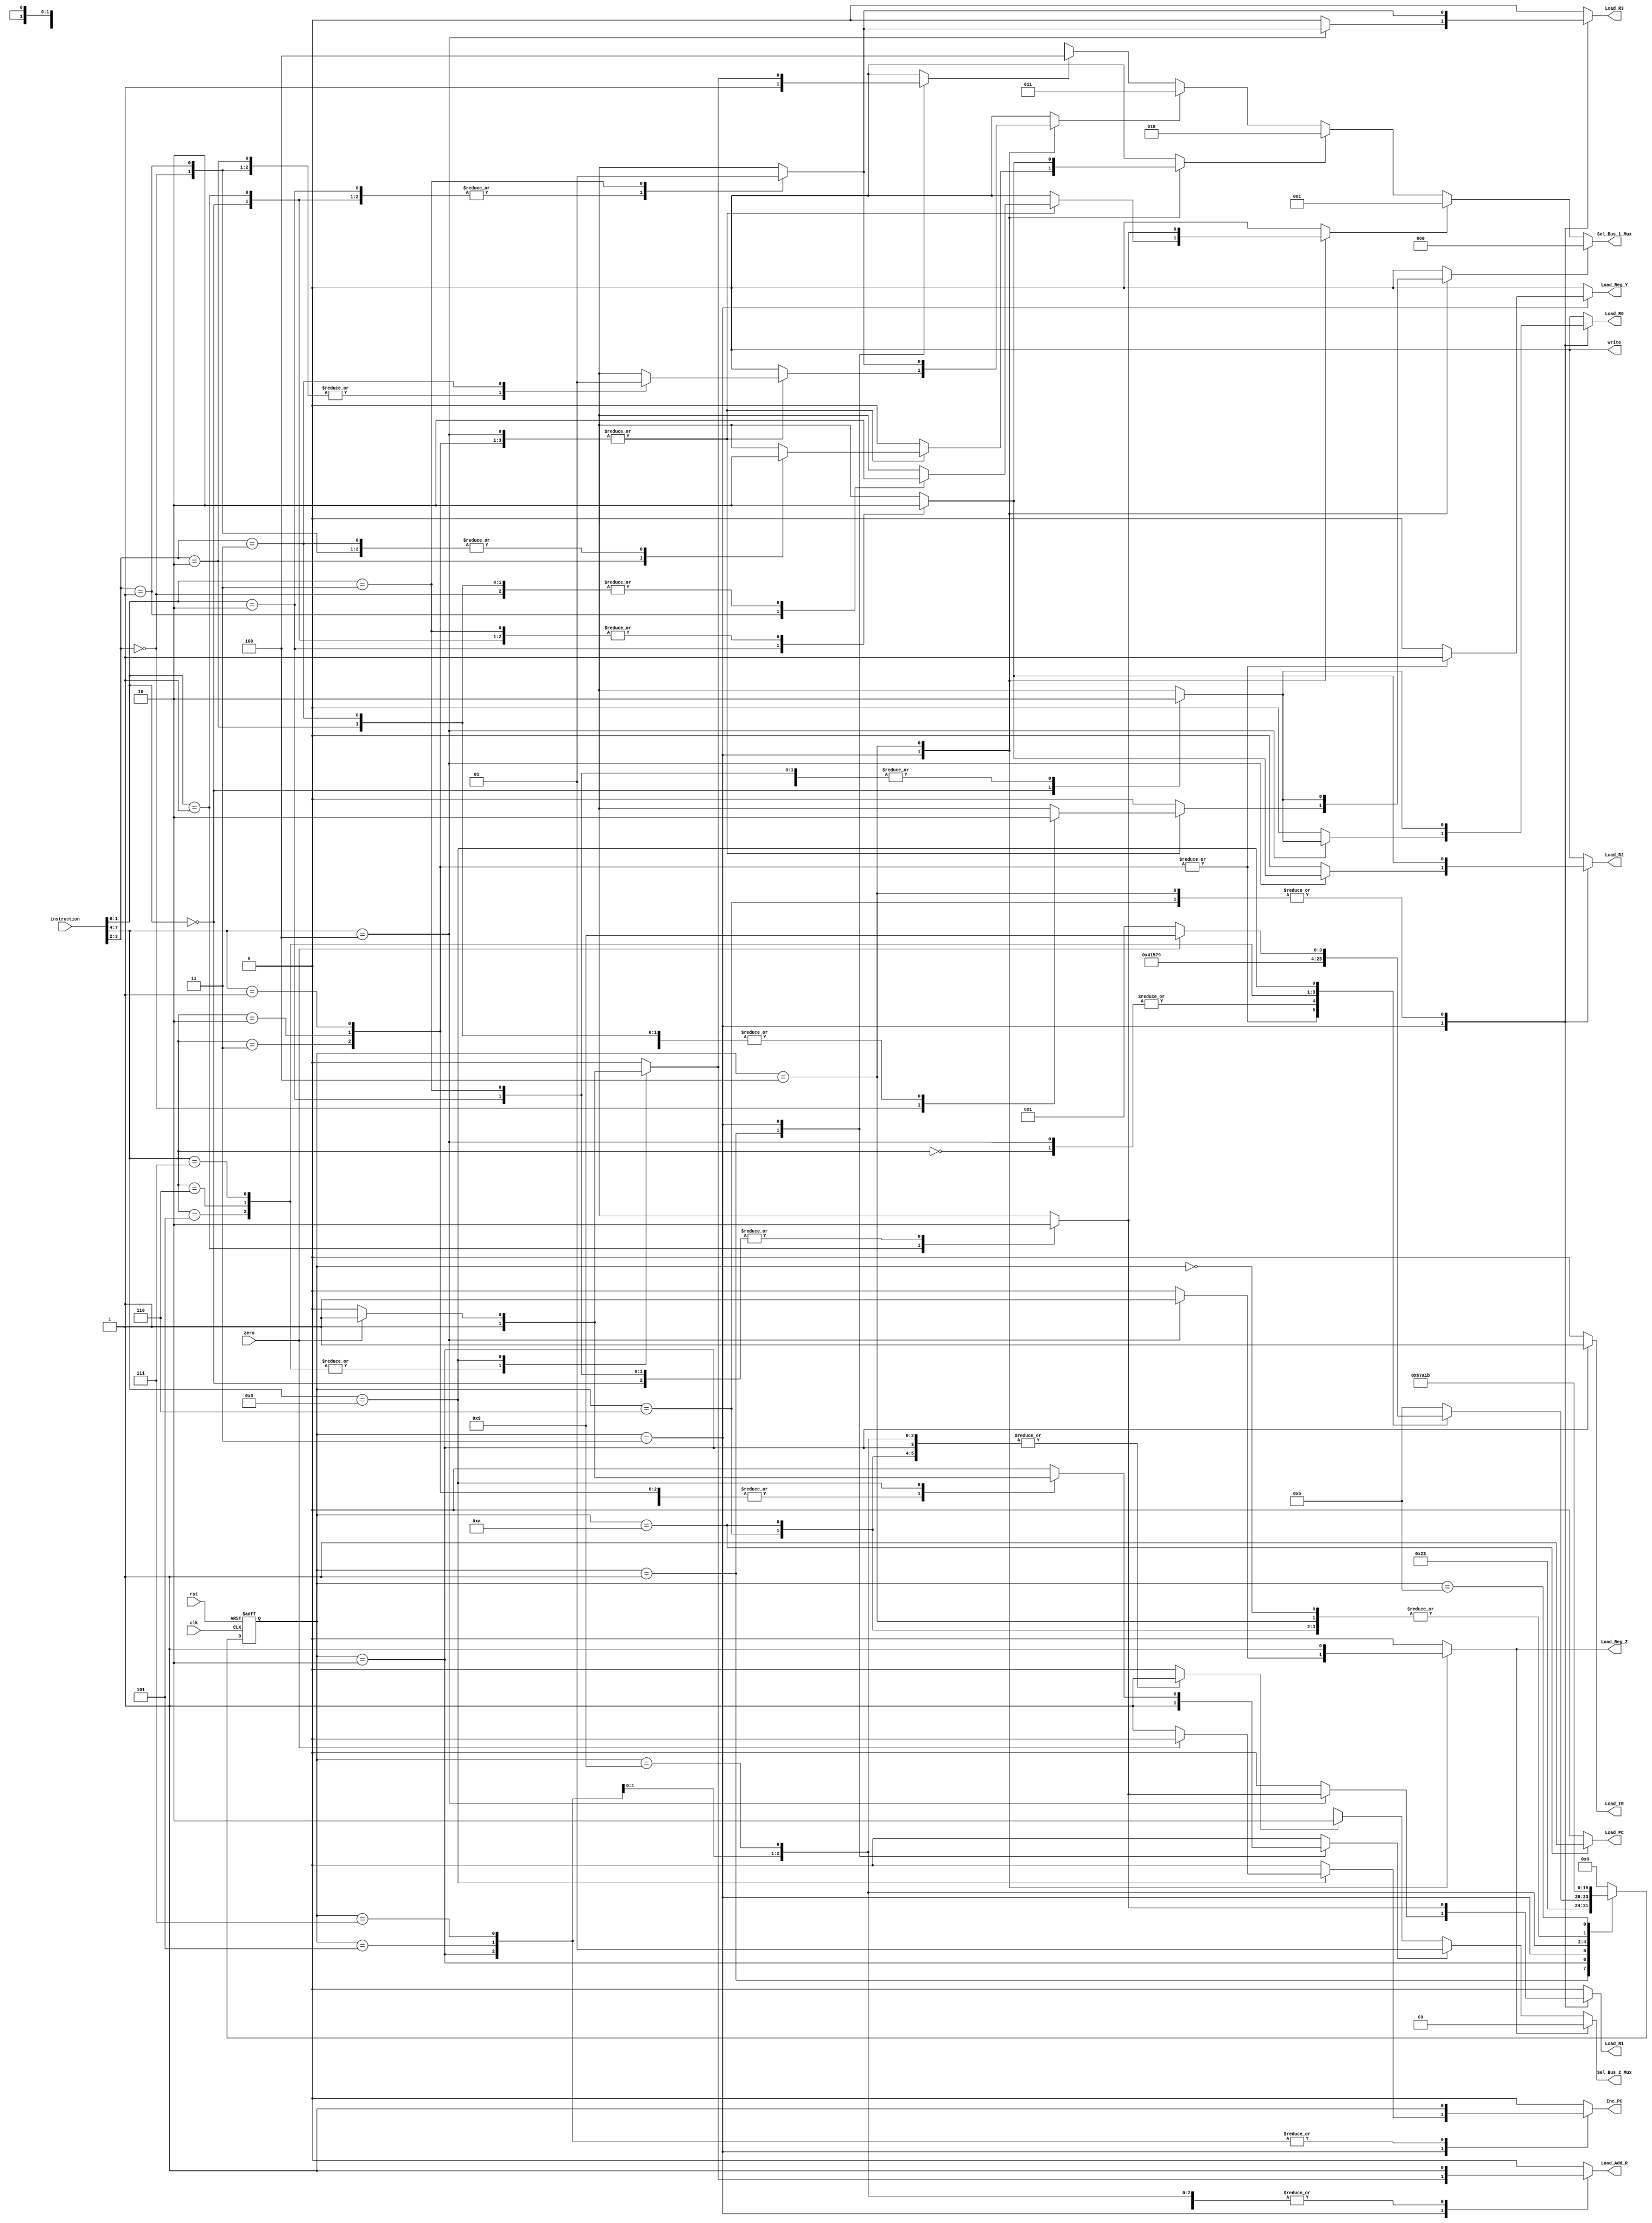

/*
* the risc msf has three components including processing unit,control unit and
* memory unit.
  * this is control unit
* */
/*
* */
module Control_Unit #(
  parameter word_size=8,
  parameter op_size=4,
  parameter sel1_size=3,
  parameter sel2_size=2
)
(
input zero,
input [word_size-1:0] instruction,
input  clk,
input  rst,
output reg Load_R0,
output reg Load_R1,
output reg Load_R2, 
output reg Load_R3, 
output reg Load_PC,
output reg Inc_PC,
output  [sel1_size-1:0] Sel_Bus_1_Mux,
output  [sel2_size-1:0] Sel_Bus_2_Mux,
output reg Load_IR,
output reg Load_Add_R,
output reg Load_Reg_Y,
output reg Load_Reg_Z,
output reg write
);

parameter src_size=2,dest_size=2;
parameter state_size=4;
//state code
parameter S_idle=0,S_fet1=1,S_fet2=2,S_dec=3,S_ex1=4;
parameter S_rd1=5,S_rd2=6,S_wr1=7,S_wr2=7;
parameter S_br1=9,S_br2=10,S_halt=11;
// instruction code
parameter NOP=0,ADD=1,SUB=2,AND=3,NOT=4;
parameter RD=5,WR=6,BR=7,BRZ=8; 
// source and desitination registers
parameter R0=0,R1=1,R2=2,R3=3;

reg Sel_R0,Sel_R1,Sel_R2,Sel_R3,Sel_PC;
reg Sel_Bus1,Sel_alu,Sel_mem;
reg [state_size-1:0] state,next_state;
wire[src_size-1:0] src;
wire[dest_size-1:0] dest;
wire[op_size-1:0] opcode;
reg err_flag;
assign opcode = instruction[word_size-1:word_size - op_size];
assign src = instruction[word_size-op_size-1:word_size - op_size-src_size];
assign dest = instruction[dest_size-1:0];
assign Sel_Bus_1_Mux = (Sel_R0==1)?0:
                      (Sel_R1==1)?1:
                      (Sel_R2==1)?2:
                      (Sel_R3==1)?3:
                      (Sel_PC==1)?4:'bx;
assign Sel_Bus_2_Mux = (Sel_alu==1)?0:
                       (Sel_Bus1==1) ?1:
                       (Sel_mem==1) ?2:'bx;  

always@(posedge clk,negedge rst) begin
  if(rst==0)
    state <= S_idle;
  else
    state <= next_state;
end

always@(state,opcode,zero,src,dest) begin
  Load_R0 = 0;
  Load_R1 = 0;
  Load_R2 = 0;
  Load_R3 = 0;
  Load_PC = 0;
  Inc_PC  = 0;
  Load_IR = 0;
  Load_Add_R = 0;
  Load_Reg_Y = 0;
  Load_Reg_Z = 0;
  Sel_R0  = 0;
  Sel_R1  = 0;
  Sel_R2  = 0;
  Sel_R3  = 0;
  Sel_PC  = 0;
  Sel_Bus1= 0;
  Sel_alu = 0;
  Sel_mem = 0;
  write  =  0;
  err_flag =0;
  next_state=state;
  case(state)
    S_idle:begin
      next_state = S_fet1;
    end
    S_fet1:begin
      next_state = S_fet2;
      Sel_PC = 1;
      Sel_Bus1 = 1;
      Load_Add_R = 1; 
    end
    S_fet2:begin
      next_state = S_dec;
      Sel_mem = 1;
      Inc_PC  = 1;
      Load_IR = 1;
    end

    S_dec:begin
      case(opcode)
        NOP: next_state = S_fet1; //modified -- S_idle > S_fet1
        ADD,SUB,AND: begin
          next_state = S_ex1;
          Sel_Bus1 = 1;
          Load_Reg_Y = 1;
          case(src)
            2'b00: Sel_R0 = 1;
            2'b01: Sel_R1 = 1;
            2'b10: Sel_R2 = 1;
            2'b11: Sel_R3 = 1;
            default:err_flag=1;
          endcase//src
        end
        NOT:begin
          next_state = S_fet1;
          //Sel_Bus1   = 1;
          Sel_alu    = 1;  // alu_out is the result of alu calculation
          Load_Reg_Z = 1; //modified -- Load_Reg_Y > Load_Reg_Z
          case(src)
            2'b00:Sel_R0 = 1;
            2'b01:Sel_R1 = 1;
            2'b10:Sel_R2 = 1;
            2'b11:Sel_R3 = 1;
            default:err_flag=1;
          endcase
          case(dest)
            2'b00:Load_R0 = 1;
            2'b01:Load_R1 = 1;
            2'b10:Load_R2 = 1;
            2'b11:Load_R3 = 1;
          default:err_flag=1;
          endcase
        end
        RD:begin
          next_state  = S_rd1;
          Sel_PC      = 1; // two words instruction
          Sel_Bus1    = 1;
          Load_Add_R  = 1;
        end
        WR:begin
          next_state  = S_wr1;
          Sel_PC      = 1;
          Sel_Bus1    = 1;
          Load_Add_R  = 1;
        end
        BR:begin
          next_state  = S_br1;
          Sel_PC      = 1;
          Sel_Bus1    = 1;
          Load_Add_R  = 1;
        end
        BRZ:begin
          if(zero==1) begin
            next_state  =S_br1;
            Sel_PC      = 1;
            Sel_Bus1    = 1;
            Load_Add_R  = 1;
          end
          else begin
            next_state  = S_fet1;
            Inc_PC      = 1;
          end
        end
        default:next_state  = S_halt;
      endcase//opsode
    end
    S_ex1:begin
      next_state  = S_fet1;
      Load_Reg_Z  = 1;
      Sel_alu     = 1; // modified--- add this line
      case(dest)
        2'b00:begin Sel_R0=1;Load_R0=1;end
        2'b01:begin Sel_R1=1;Load_R1=1;end
        2'b10:begin Sel_R2=1;Load_R2=1;end
        2'b11:begin Sel_R3=1;Load_R3=1;end
      default:err_flag=1;
      endcase
    end
    S_rd1:begin
      next_state  =S_rd2;
      Sel_mem     = 1;
      Load_Add_R  = 1;
      Inc_PC      = 1;
    end
    S_rd2:begin
      next_state  = S_fet1;
      Sel_mem     = 1;
      case(dest)
        2'b00:Load_R0 = 1; // modified -- add 2'b
        2'b01:Load_R1 = 1;
        2'b10:Load_R2 = 1;
        2'b11:Load_R3 = 1;
            default:err_flag=1;
      endcase
    end
    S_wr1:begin
      next_state  = S_wr2;
      Sel_mem     = 1;
      Load_Add_R  = 1;
      Inc_PC      = 1;
    end
    S_wr2:begin
      next_state  = S_fet1;
      write       = 1;
      //Sel_Bus1    = 1; //modified ,delete this line
      case(src)
        R0:Sel_R0 = 1;
        R1:Sel_R1 = 1;
        R2:Sel_R2 = 1;
        R3:Sel_R3 = 1;
      default:err_flag=1;
      endcase
    end
    S_br1:begin
      next_state  = S_br2;
      Load_Add_R  = 1;
      Sel_mem     = 1;
    end
    S_br2:begin
      next_state  = S_fet1;
      Load_PC     = 1;
      Sel_mem     = 1;
    end
    S_halt:next_state   = S_halt;
  default:next_state    = S_idle;
  endcase//state
end

endmodule